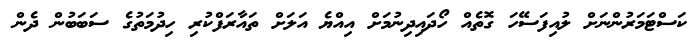
ކަސްޓަމަރުންނަށް ލުއިފަސޭހަ ގޮތެއް ހޯދައިދިނުމަށް އިއްޔެ އަލަަށް ތައާރަފްކުރި ހިދުމަތުގެ ސަބަބުން ދެން